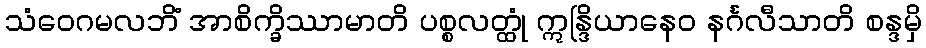
သံဝေဂမလဘိံ အာစိက္ခိဿာမာတိ ပစ္စလတ္ထုံ ဣန္ဒြိယာနေဝ နင်္ဂလီသာတိ စန္ဒမှိ